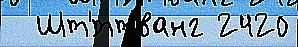
  Шт'́ттванг 2420